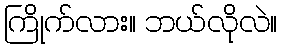
ကြိုက်လား။ ဘယ်လိုလဲ။